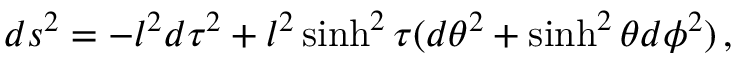
d s ^ { 2 } = - l ^ { 2 } d \tau ^ { 2 } + l ^ { 2 } \sinh ^ { 2 } \tau ( d \theta ^ { 2 } + \sinh ^ { 2 } \theta d \phi ^ { 2 } ) \, ,